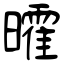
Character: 曤